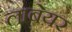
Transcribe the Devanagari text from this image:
लाबेयर